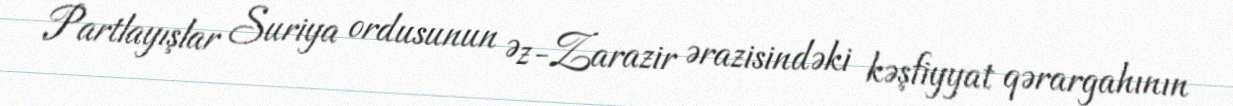
Partlayışlar Suriya ordusunun Əz-Zarazir ərazisindəki kəşfiyyat qərargahının